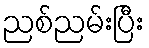
ညစ်ညမ်းပြီး